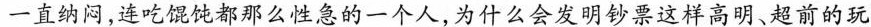
一直纳闷，连吃馄饨都那么性急的一个人，为什么会发明钞票这样高明、超前的玩